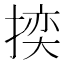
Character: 𭡬